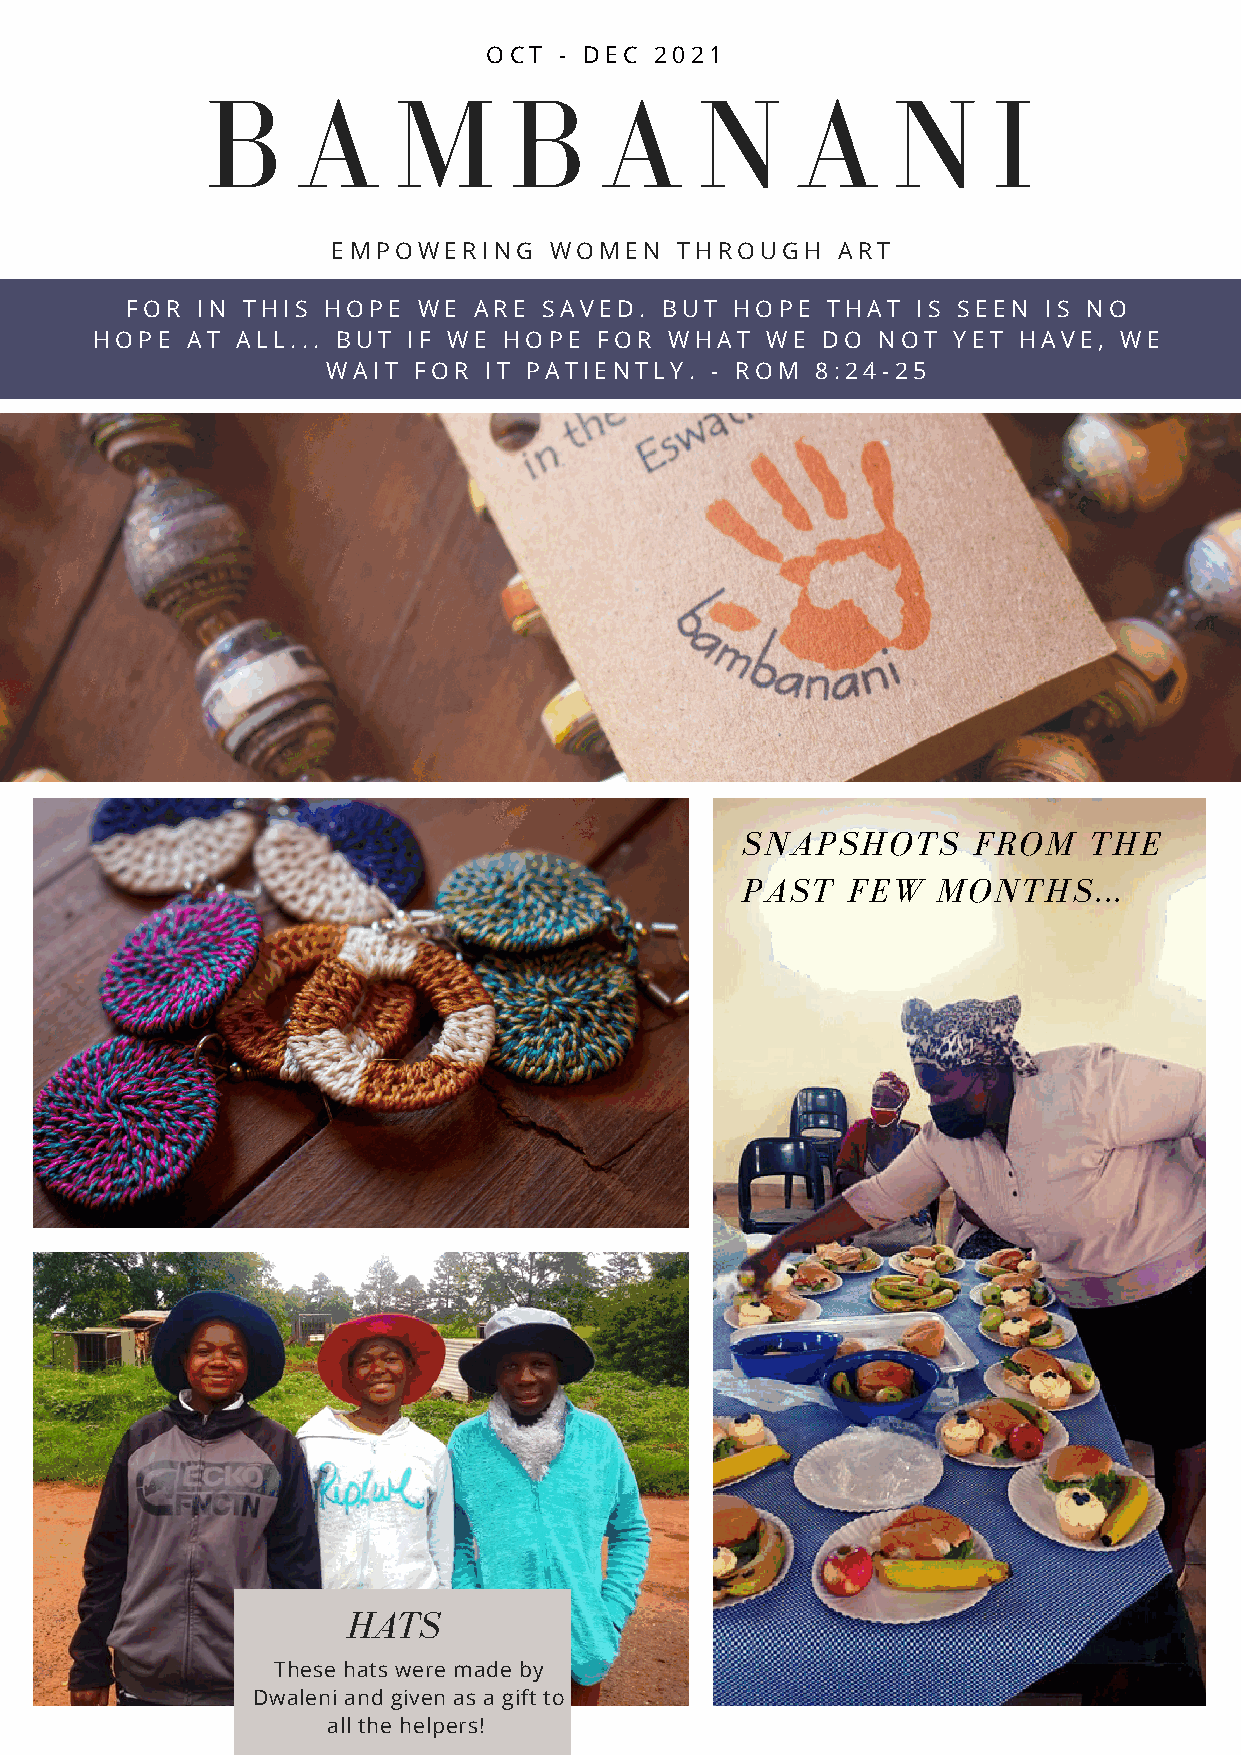
OCT  - DEC 2021
 B     A     M       B     A     N      A     N      I
 EMPOWERING    WOMEN    THROUGH   ART
 FOR  IN THIS HOPE   WE ARE  SAVED.  BUT  HOPE  THAT  IS SEEN IS NO
 HOPE  AT  ALL... BUT IF WE HOPE   FOR WHAT   WE DO  NOT  YET HAVE,  WE
 WAIT FOR  IT PATIENTLY.  - ROM  8:24-25
 SNAPSHOTS      FROM    THE
 PAST   FEW   MONTHS...
 EBRATING LITTLE VICTORIES
 of the biggest joys are when the ladies come
 h new products they invented themselves,
 hey are able to tell how the money they've
 makes a difference in the lives of others, and
 hey testify to God's goodness in their lives.
 HATS
 These hats were made by
 Dwaleni and given as a gift to
 all the helpers!